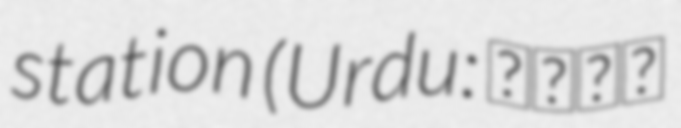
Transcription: station (Urdu: سوہن